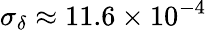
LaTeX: \sigma_{\delta}\approx 11.6\times 10^{-4}